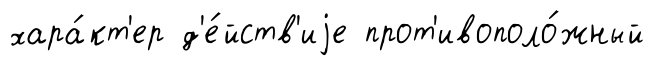
хара́кт'ер д'е́йств'иjе прот'ивополо́жный